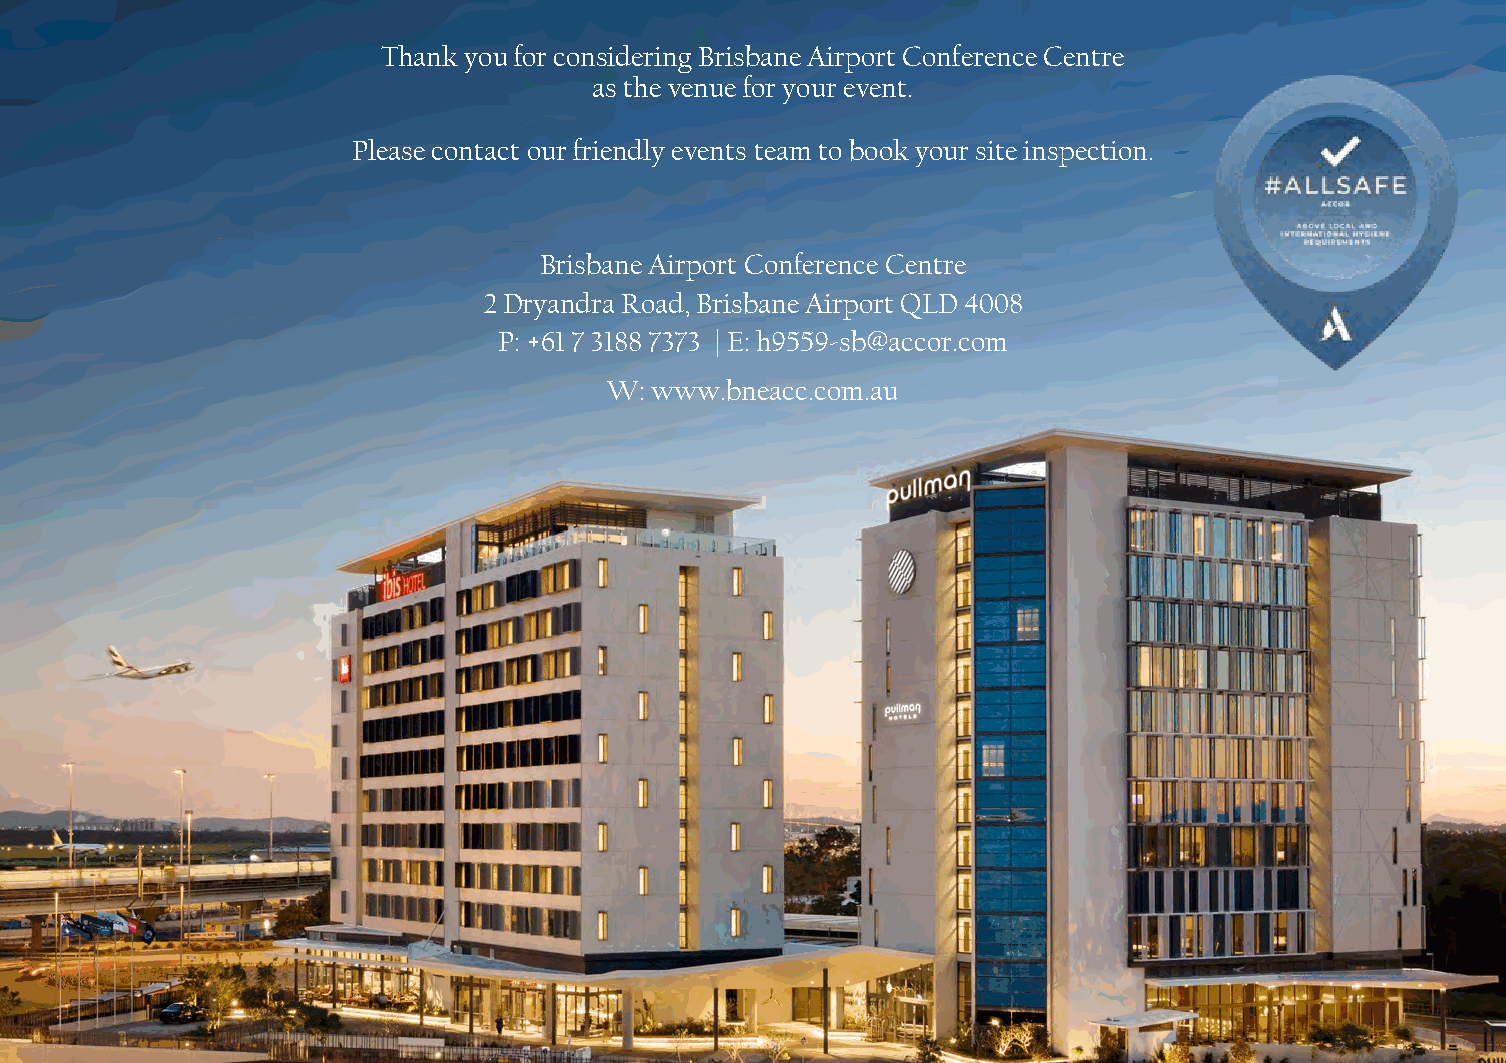
Thank you for considering Brisbane Airport Conference Centre
 as the venue for your event.
 Please contact our friendly events team to book your site inspection.
 Brisbane Airport Conference Centre
 2 Dryandra Road, Brisbane Airport QLD 4008
 P: +61 7 3188 7373 | E: h9559-sb@accor.com
 W: www.bneacc.com.au